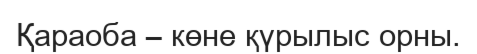
Қараоба – көне қүрылыс орны.